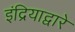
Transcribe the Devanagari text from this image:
इंद्रियाद्वारे